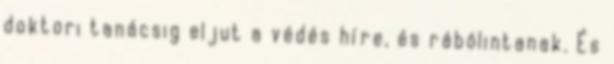
doktori tanácsig eljut a védés híre, és rábólintanak. És